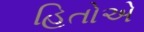
હિતોએ